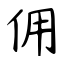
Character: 佣